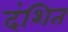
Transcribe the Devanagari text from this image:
दंशित